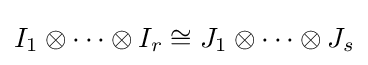
I_{1}\otimes \cdots \otimes I_{r}\cong J_{1}\otimes \cdots \otimes J_{s}